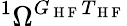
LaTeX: {}^{1}\Omega^{G_{\mathrm{~H~F~}}T_{\mathrm{~H~F~}}}